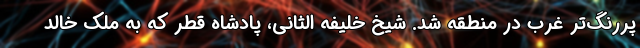
پررنگ‌تر غرب در منطقه شد. شیخ خلیفه الثانی، پادشاه قطر که به ملک خالد